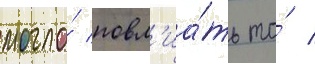
могло́ повл'иа́ть то́ /